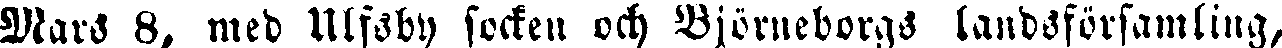
Mars 8, med Ulfsby socken och Björneborgs landsförsamling,